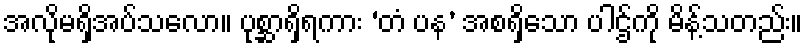
အလိုမရှိအပ်သလော။ ပုစ္ဆာရှိရကား ‘တံ ပန’ အစရှိသော ပါဌ်ကို မိန့်သတည်း။